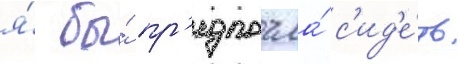
я́ бы́ пр'едпочла́ с'ид'е́ть